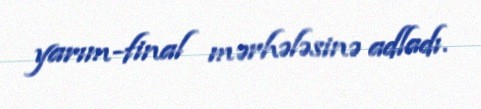
yarım-final mərhələsinə adladı.